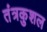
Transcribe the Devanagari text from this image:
तंत्रकुशल